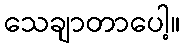
သေချာတာပေါ့။